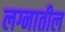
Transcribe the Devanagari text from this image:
लग्नातील